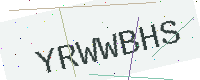
Text: YRWWBHS